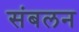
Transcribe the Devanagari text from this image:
संबलन